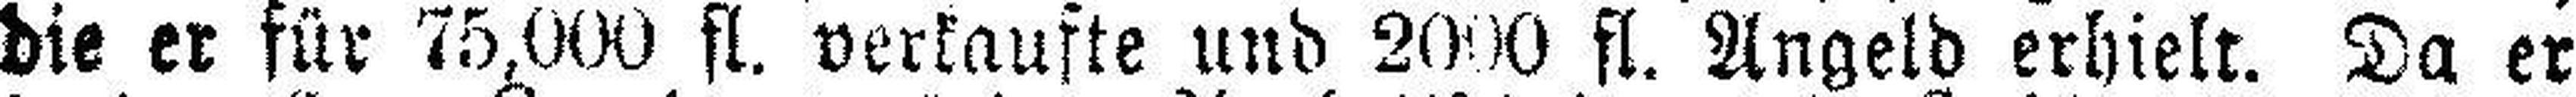
die er für 75,000 fl. verkaufte und 2000 fl. Angeld erhielt. Da er